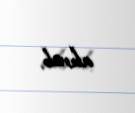
alınıb.